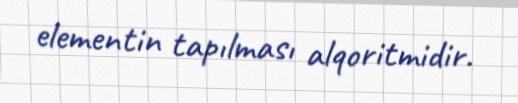
elementin tapılması alqoritmidir.